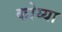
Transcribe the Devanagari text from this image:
कोय्या